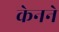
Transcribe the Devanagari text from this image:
केनने